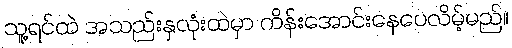
သူ့ရင်ထဲ အသည်းနှလုံးထဲမှာ ကိန်းအောင်းနေပေလိမ့်မည်။